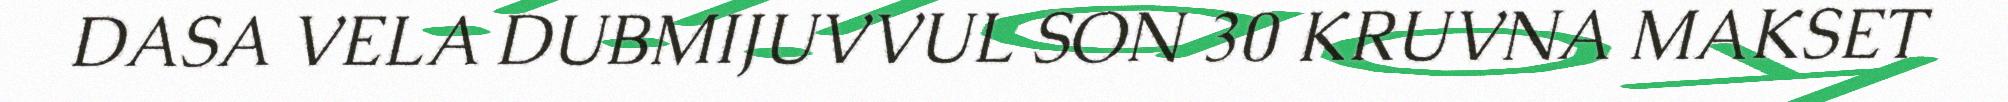
DASA VELA DUBMIJUVVUL SON 30 KRUVNA MAKSET